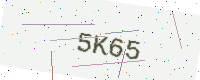
Text: 5K65